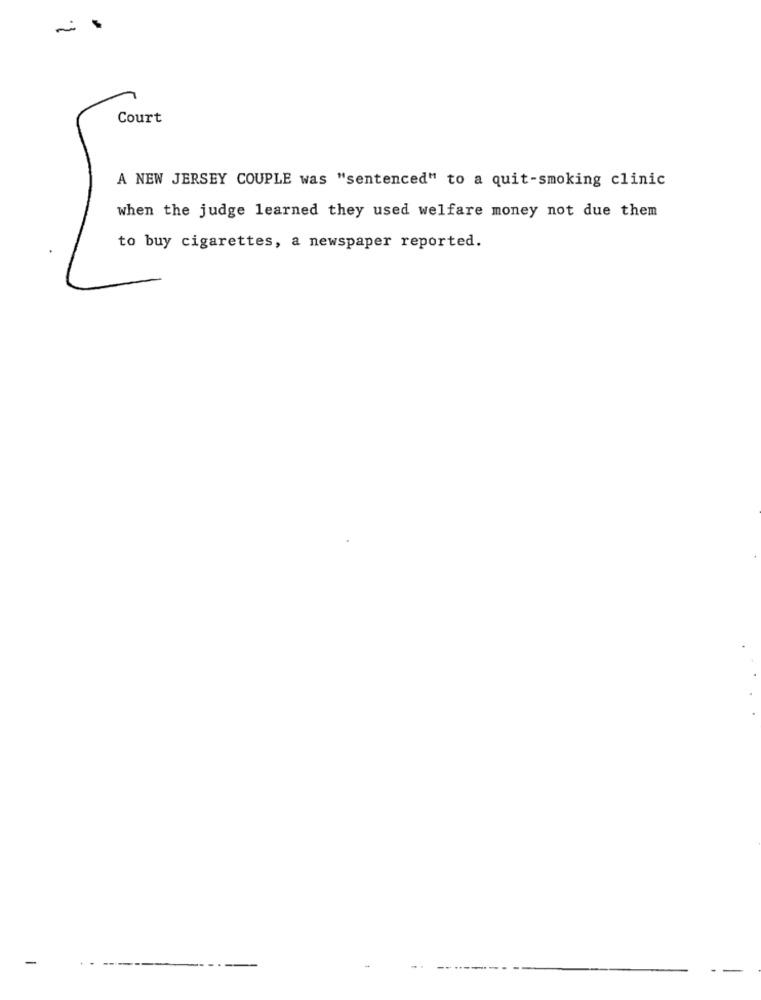
Court
A NEW JERSEY COUPLE was "sentenced" to a quit-smoking clinic
when the judge learned they used welfare money not due them
to buy cigarettes, a newspaper reported.
-